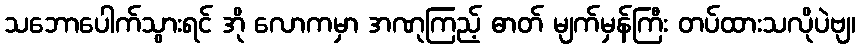
သဘောပေါက်သွားရင် အို လောကမှာ အဏုကြည့် ဓာတ် မျက်မှန်ကြီး တပ်ထားသလိုပဲဗျ၊